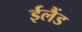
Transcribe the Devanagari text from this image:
ईलैंड